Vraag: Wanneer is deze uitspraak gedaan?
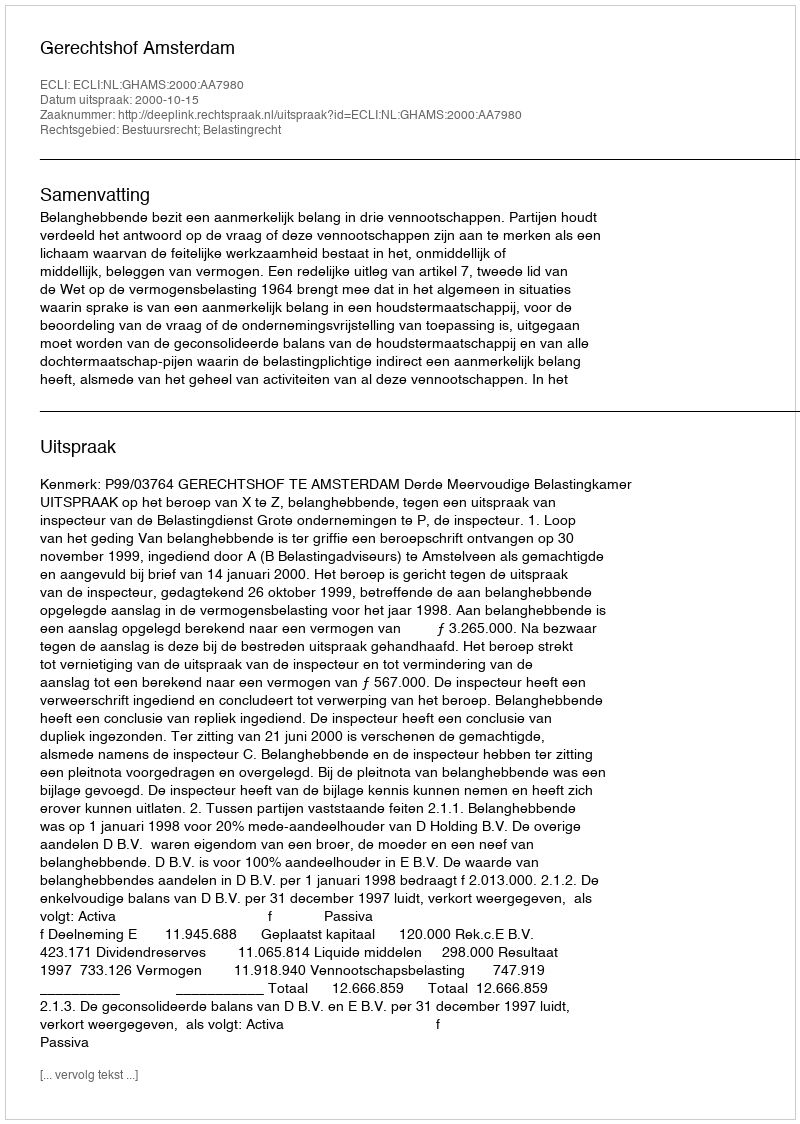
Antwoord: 2000-10-15